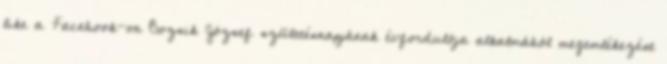
like a Facebook-on Bozsik József születésnapjának évfordulója alkalmából megemlékezést